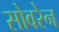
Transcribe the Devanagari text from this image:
सोवरेन